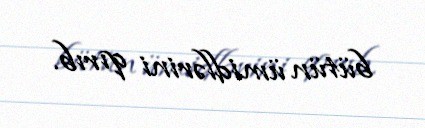
bütün ümidlərini qırıb.